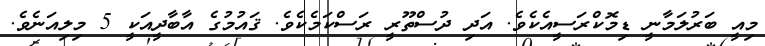
މިއީ ބަރުލަމާނީ ޑިމޮކްރަސީއެކެވެ. އަދި ދުސްތޫރީ ރަސްކަމެކެވެ. ޤައުމުގެ އާބާދީއަކީ 5 މިލިއަނެވެ.